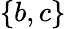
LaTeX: \{ b,c\}